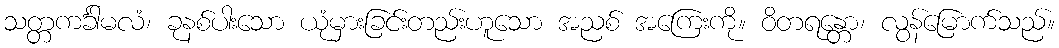
သတ္တကင်္ခါမလံ၊ ခုနစ်ပါးသော ယုံမှားခြင်းတည်းဟူသော အညစ် အကြေးကို။ ဝိတရန္တော၊ လွန်မြောက်သည်။